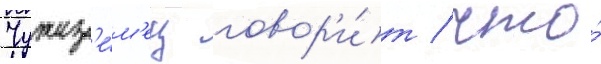
Чужез'е́м'ец говор'и́т / что́